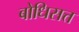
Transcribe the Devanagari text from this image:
बोधिसत्त